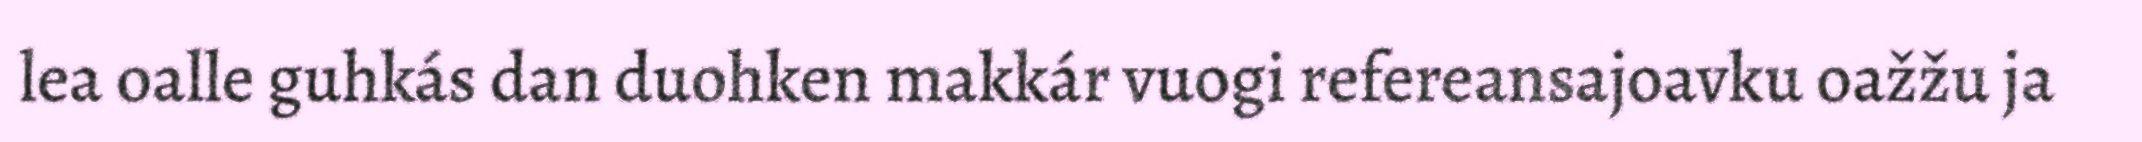
lea oalle guhkás dan duohken makkár vuogi refereansajoavku oažžu ja